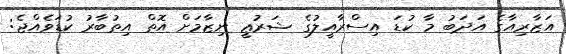
އަޒާރިއާގެ އަދަބު މާ ކުޑަ އިސްރާއީލުގެ ޝަރުޢީ ނިޒާމަށް އޮތް އިތުބާރު ކުޑަވެއްޖެ: